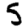
Digit: 5